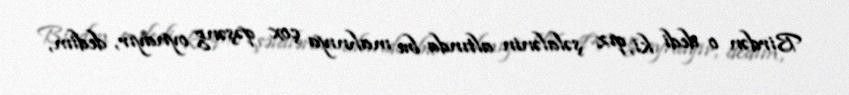
Birdən o dedi ki, qız şəlalənin altında bu mahnıya çox qəşəng oynayır, dedim,